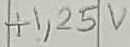
Text: +1,25V